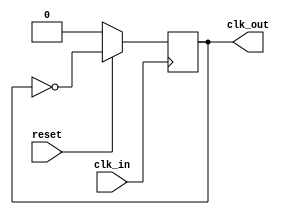
//file freq_div
`timescale 1ns/ 100ps
module freq_div(output reg clk_out,input clk_in,input reset);
  always@(posedge clk_in)
  begin 
    if(!reset)
      clk_out<=0;
      //reset simultaneously
  else
    clk_out<=~clk_out;
  end
endmodule